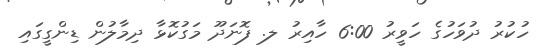
ހުކުރު ދުވަހުގެ ހަވީރު 6:00 ހާއިރު ލ. ފޮނަދޫ މަގުކޮޅާ ދިމާލުން ޑިންގީގައި